Lunatic asylums Punjab 1911-1921 - 1911-1921
Year: 1911
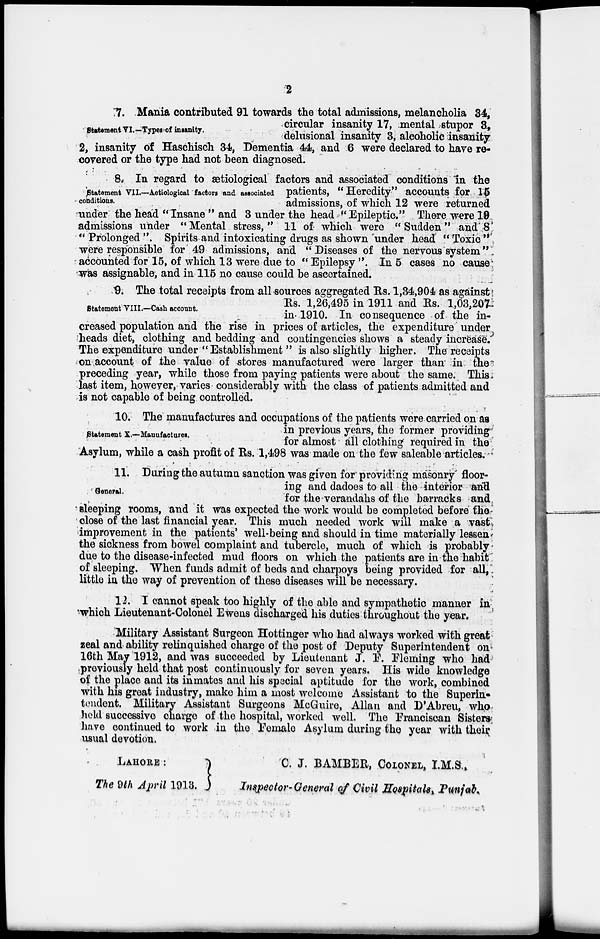
2
Statement VI.—Types of insanity.
7. Mania contributed 91 towards the total admissions, melancholia 34,
circular insanity 17, mental stupor 3,
delusional insanity 3, alcoholic insanity
2, insanity of Haschisch 34, Dementia 44, and 6 were declared to have re-
covered or the type had not been diagnosed.
Statement VII.—Aetiological factors and associated
conditions.
8. In regard to ætiological factors and associated conditions in the
patients, " Heredity" accounts for 15
admissions, of which 12 were returned
under the head " Insane " and 3 under the head " Epileptic." There were 19
admissions under "Mental stress," 11 of which were "Sudden" and 8
"Prolonged". Spirits and intoxicating drugs as shown under head "Toxic"
were responsible for 49 admissions, and " Diseases of the nervous system"
accounted for 15, of which 13 were due to " Epilepsy ". In 5 cases no cause
was assignable, and in 115 no cause could be ascertained.
Statement VIII.—Cash account.
9. The total receipts from all sources aggregated Rs. 1,34,904 as against
Rs. 1,26,495 in 1911 and Rs. 1,03,207
in 1910. In consequence of the in-
creased population and the rise in prices of articles, the expenditure under
heads diet, clothing and bedding and contingencies shows a steady increase.
The expenditure under " Establishment " is also slightly higher. The receipts
on account of the value of stores manufactured were larger than in the
preceding year, while those from paying patients were about the same. This
last item, however, varies considerably with the class of patients admitted and
is not capable of being controlled.
Statement X.—Manufactures.
10. The manufactures and occupations of the patients were carried on as
in previous years, the former providing
for almost all clothing required in the
Asylum, while a cash profit of Rs. 1,498 was made on the few saleable articles.
General.
11. During the autumn sanction was given for providing masonry floor-
ing and dadoes to all the interior and
for the verandahs of the barracks and
sleeping rooms, and it was expected the work would be completed before the
close of the last financial year. This much needed work will make a vast
improvement in the patients' well-being and should in time materially lessen
the sickness from bowel complaint and tubercle, much of which is probably
due to the disease-infected mud floors on which the patients are in the habit
of sleeping. When funds admit of beds and charpoys being provided for all,
little in the way of prevention of these diseases will be necessary.
12. I cannot speak too highly of the able and sympathetic manner in
which Lieutenant-Colonel Ewens discharged his duties throughout the year.
Military Assistant Surgeon Hottinger who had always worked with great
zeal and ability relinquished charge of the post of Deputy Superintendent on
16th May 1912, and was succeeded by Lieutenant J. F. Fleming who had
previously held that post continuously for seven years. His wide knowledge
of the place and its inmates and his special aptitude for the work, combined
with his great industry, make him a most welcome Assistant to the Superin-
tendent. Military Assistant Surgeons McGuire, Allan and D'Abreu, who
held successive charge of the hospital, worked well. The Franciscan Sisters
have continued to work in the Female Asylum during the year with their
usual devotion.
LAHORE :
The 9th April 1913.
C. J. BAMBER, COLONEL, I.M.S.,
Inspector-General of Civil Hospitals, Punjab